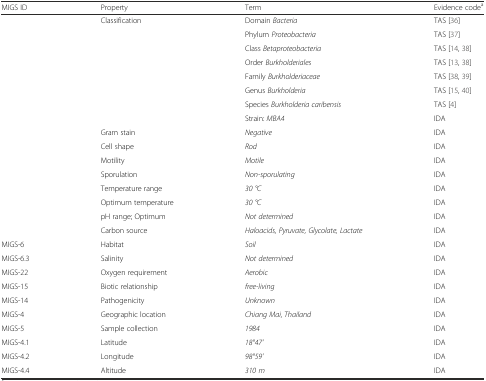
<table><thead><tr><td><b>MIGS ID</b></td><td><b>Property</b></td><td><b>Term</b></td><td><b>Evidence code<sup>a</sup></b></td></tr></thead><tbody><tr><td></td><td>Classification</td><td>Domain <i>Bacteria</i></td><td>TAS [36]</td></tr><tr><td></td><td></td><td>Phylum <i>Proteobacteria</i></td><td>TAS [37]</td></tr><tr><td></td><td></td><td>Class <i>Betaproteobacteria</i></td><td>TAS [14, 38]</td></tr><tr><td></td><td></td><td>Order <i>Burkholderiales</i></td><td>TAS [13, 38]</td></tr><tr><td></td><td></td><td>Family <i>Burkholderiaceae</i></td><td>TAS [38, 39]</td></tr><tr><td></td><td></td><td>Genus <i>Burkholderia</i></td><td>TAS [15, 40]</td></tr><tr><td></td><td></td><td>Species <i>Burkholderia caribensis</i></td><td>TAS [4]</td></tr><tr><td></td><td></td><td>Strain: <i>MBA4</i></td><td>IDA</td></tr><tr><td></td><td>Gram stain</td><td><i>Negative</i></td><td>IDA</td></tr><tr><td></td><td>Cell shape</td><td><i>Rod</i></td><td>IDA</td></tr><tr><td></td><td>Motility</td><td><i>Motile</i></td><td>IDA</td></tr><tr><td></td><td>Sporulation</td><td><i>Non-sporulating</i></td><td>IDA</td></tr><tr><td></td><td>Temperature range</td><td><i>30 °C</i></td><td>IDA</td></tr><tr><td></td><td>Optimum temperature</td><td><i>30 °C</i></td><td>IDA</td></tr><tr><td></td><td>pH range; Optimum</td><td><i>Not determined</i></td><td>IDA</td></tr><tr><td></td><td>Carbon source</td><td><i>Haloacids, Pyruvate, Glycolate, Lactate</i></td><td>IDA</td></tr><tr><td>MIGS-6</td><td>Habitat</td><td><i>Soil</i></td><td>IDA</td></tr><tr><td>MIGS-6.3</td><td>Salinity</td><td><i>Not determined</i></td><td>IDA</td></tr><tr><td>MIGS-22</td><td>Oxygen requirement</td><td><i>Aerobic</i></td><td>IDA</td></tr><tr><td>MIGS-15</td><td>Biotic relationship</td><td><i>free-living</i></td><td>IDA</td></tr><tr><td>MIGS-14</td><td>Pathogenicity</td><td><i>Unknown</i></td><td>IDA</td></tr><tr><td>MIGS-4</td><td>Geographic location</td><td><i>Chiang Mai, Thailand</i></td><td>IDA</td></tr><tr><td>MIGS-5</td><td>Sample collection</td><td><i>1984</i></td><td>IDA</td></tr><tr><td>MIGS-4.1</td><td>Latitude</td><td><i>18°47&#x27;</i></td><td>IDA</td></tr><tr><td>MIGS-4.2</td><td>Longitude</td><td><i>98°59&#x27;</i></td><td>IDA</td></tr><tr><td>MIGS-4.4</td><td>Altitude</td><td><i>310 m</i></td><td>IDA</td></tr></tbody></table>